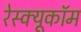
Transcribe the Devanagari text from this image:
रेस्क्यूकॉम